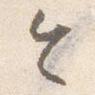
令